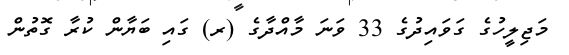
މަޖިލީހުގެ ގަވައިދުގެ 33 ވަނަ މާއްދާގެ (ރ) ގައި ބަޔާން ކުރާ ގޮތުން